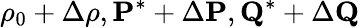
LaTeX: \rho_{0}+\Delta\rho,{\mathbf P^{*}}+\Delta{\mathbf P},{\mathbf Q^{*}}+\Delta{\mathbf Q}